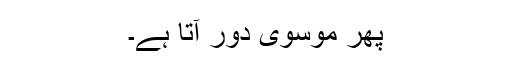
پھر موسوی دور آتا ہے۔